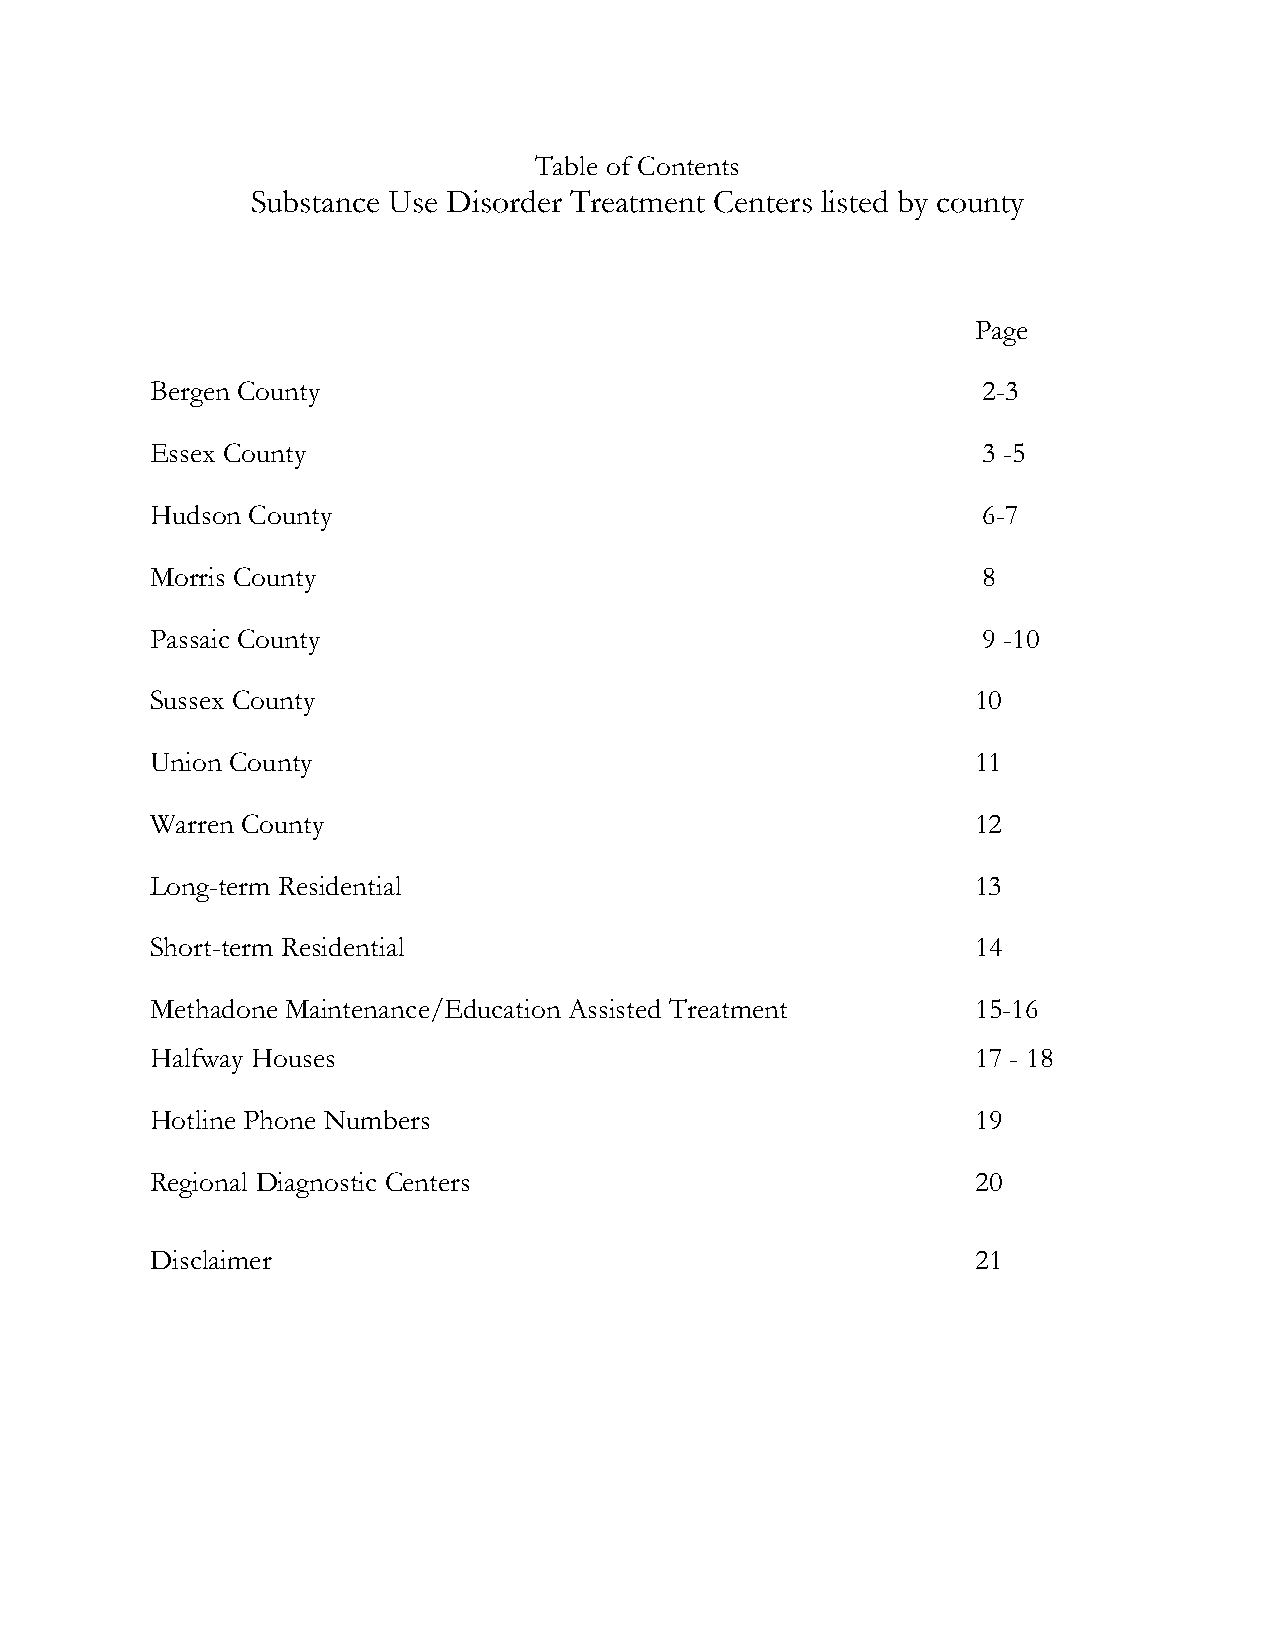
Table of Contents
 Substance Use Disorder Treatment Centers listed by county
 Page
 Bergen County                                          2-3
 Essex County                                           3 -5
 Hudson County                                          6-7
 Morris County                                          8
 Passaic County                                         9 -10
 Sussex County                                          10
 Union County                                           11
 Warren County                                          12
 Long-term Residential                                  13
 Short-term Residential                                 14
 Methadone Maintenance/Education Assisted Treatment     15-16
 Halfway Houses                                         17 - 18
 Hotline Phone Numbers                                  19
 Regional Diagnostic Centers                            20
 Disclaimer                                             21